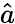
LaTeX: \hat{a}